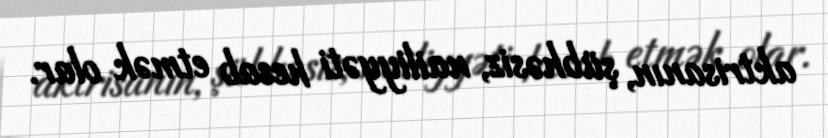
aktrisanın, şübhəsiz, nailiyyəti hesab etmək olar.